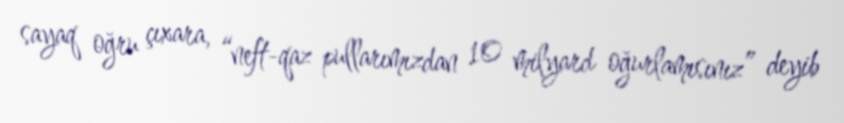
sayaq oğru çıxara, “neft-qaz pullarımızdan 10 milyard oğurlamısınız” deyib